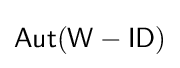
{\mathsf {Aut(W-ID)}}